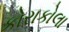
કોરાકોલા